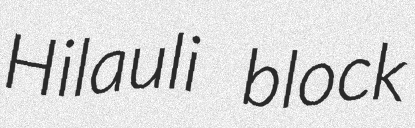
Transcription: Hilauli block